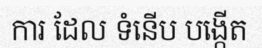
ការ ដែល ទំនើប បង្កើត